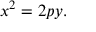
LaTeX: x ^ { 2 } = 2 p y .